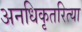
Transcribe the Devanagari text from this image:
अनधिकृतरित्या